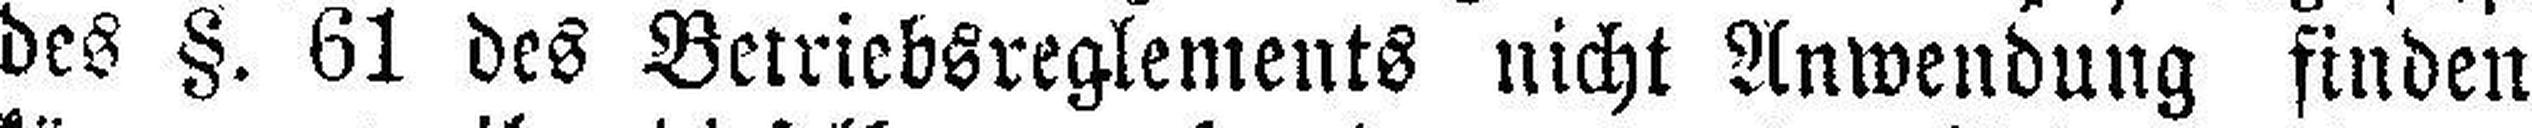
des §. 61 des Betriebsreglements nicht Anwendung finden